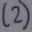
Text: (2)